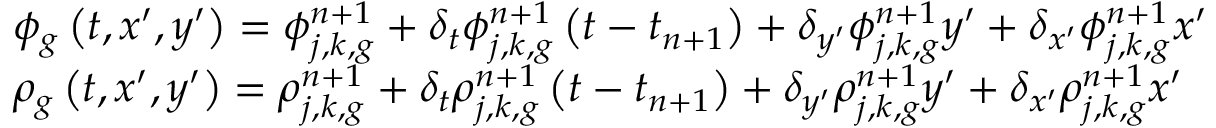
\begin{array} { l } { { \phi _ { g } \left( t , x ^ { \prime } , y ^ { \prime } \right) = \phi _ { j , k , g } ^ { n + 1 } + \delta _ { t } \phi _ { j , k , g } ^ { n + 1 } \left( t - t _ { n + 1 } \right) + \delta _ { y ^ { \prime } } \phi _ { j , k , g } ^ { n + 1 } y ^ { \prime } + \delta _ { x ^ { \prime } } \phi _ { j , k , g } ^ { n + 1 } x ^ { \prime } } } \\ { { \rho _ { g } \left( t , x ^ { \prime } , y ^ { \prime } \right) = \rho _ { j , k , g } ^ { n + 1 } + \delta _ { t } \rho _ { j , k , g } ^ { n + 1 } \left( t - t _ { n + 1 } \right) + \delta _ { y ^ { \prime } } \rho _ { j , k , g } ^ { n + 1 } y ^ { \prime } + \delta _ { x ^ { \prime } } \rho _ { j , k , g } ^ { n + 1 } x ^ { \prime } } } \end{array}